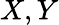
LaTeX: X,Y